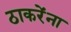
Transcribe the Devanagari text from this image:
ठाकरेंना